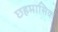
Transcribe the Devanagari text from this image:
छहमासिक